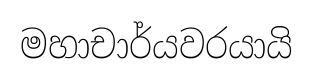
මහාචාර්යවරයායි